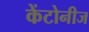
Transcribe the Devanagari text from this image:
केंटोनीज